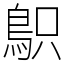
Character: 䳅